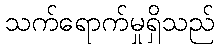
သက်ရောက်မှုရှိသည်